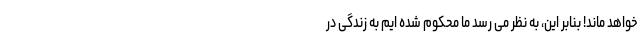
خواهد ماند! بنابر این، به نظر می رسد ما محکوم شده ایم به زندگی در